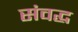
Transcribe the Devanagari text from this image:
संवद्ध